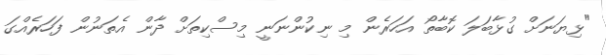
"ޅިޔަނަށް ގުޅާބަލަ ކޮބާތޯ އަހަރެން މި ނިކުންނަނީ މިސްކިތަށް ދާން އެތަނުން ފަހަރެއްގަ